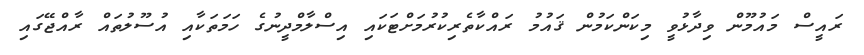
ރައީސް މައުމޫން ވިދާޅުވީ މިކަންކަމުން ޤައުމު ރައްކާތެރިކުރުމަށްޓަކައި އިސްލާމްދީނުގެ ހަމަތަކާއި އުސޫލުތައް ރާއްޖޭގައި